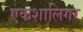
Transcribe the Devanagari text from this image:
एकशालिगर